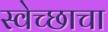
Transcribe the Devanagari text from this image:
स्वेच्छाचा